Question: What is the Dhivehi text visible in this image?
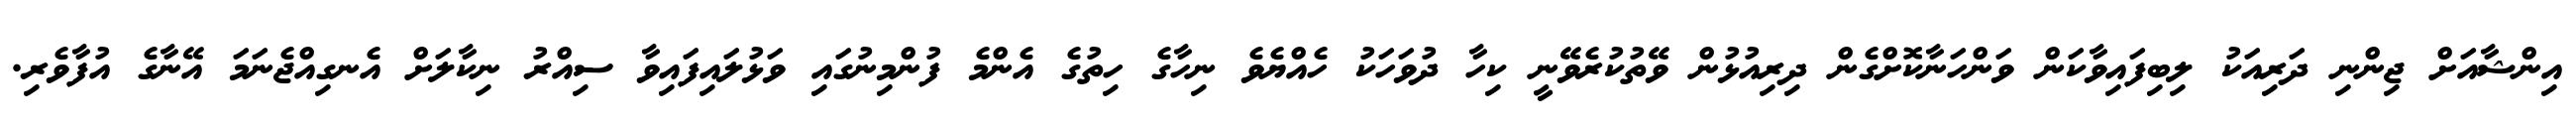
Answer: އިންޝާއަށް ޖިންނި ދަރިއަކު ލިބިފައިވާކަން ވަންހަނާކޮށްގެން ދިރިއުޅުން ވޭތުކުރެވޭނީ ކިހާ ދުވަހަކު ހެއްޔެވެ ނިހާގެ ހިތުގެ އެންމެ ފުންމިނުގައި ވަޅުލައިފައިވާ ސިއްރު ނިކާލަށް އެނގިއްޖެނަމަ އޭނާގެ އުފާވެރި.